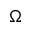
\Omega